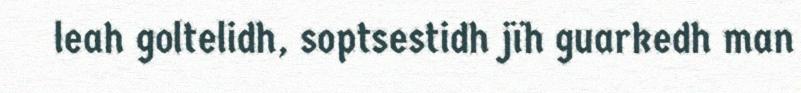
leah goltelidh, soptsestidh jïh guarkedh man